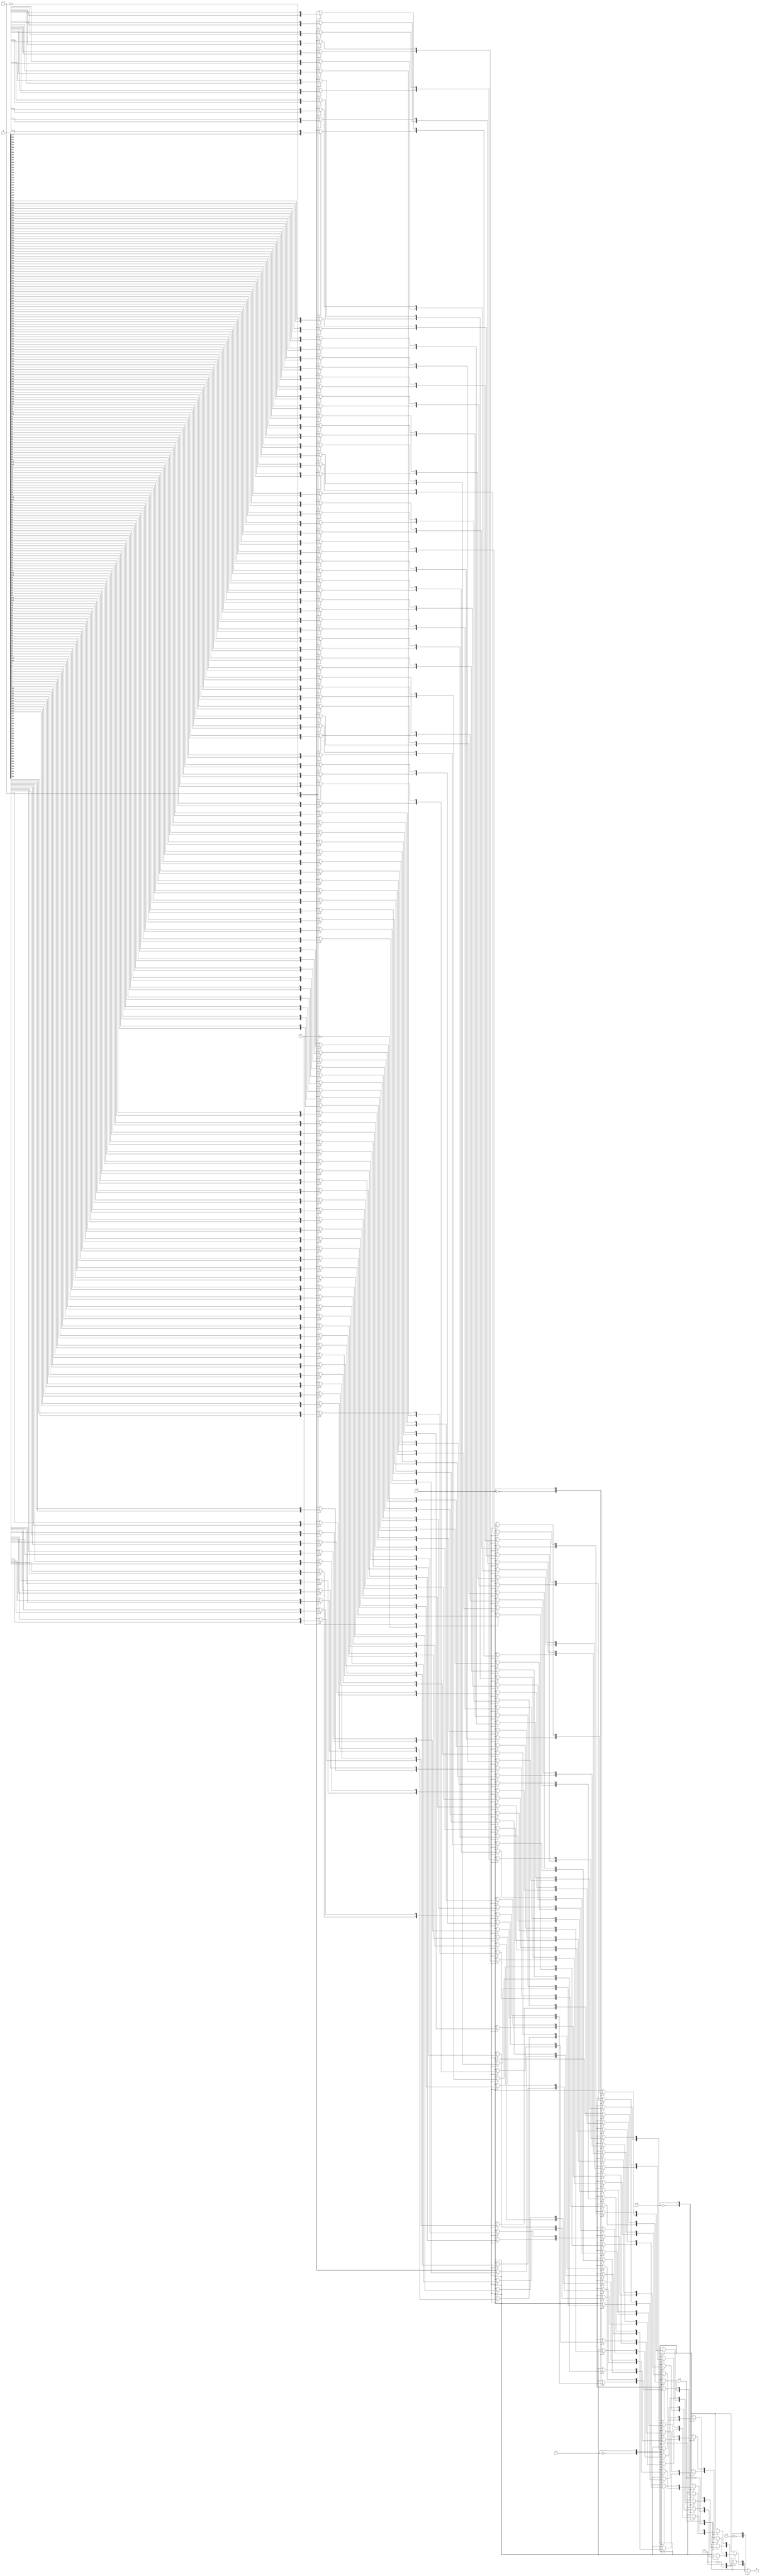
/*
 * This file was generated by the scsynth tool, and is available for use under
 * the MIT license. More information can be found at
 * https://github.com/arminalaghi/scsynth/
 */
module MReSC_Sobel3x3_g2( //the stochastic core of an ReSC
	input [0:0] x_1, //independent copies of x_1
	input [0:0] x_2, //independent copies of x_2
	input [0:0] x_3, //independent copies of x_3
	input [0:0] x_4, //independent copies of x_4
	input [0:0] x_5, //independent copies of x_5
	input [0:0] x_6, //independent copies of x_6
	input [0:0] x_7, //independent copies of x_7
	input [0:0] x_8, //independent copies of x_8
	input [255:0] w, //Bernstein coefficients
	output reg z //output bitsream
);

	wire [0:0] sum_1; //sum of x values for mux
	assign sum_1 = x_1[0];

	wire [0:0] sum_2; //sum of x values for mux
	assign sum_2 = x_2[0];

	wire [0:0] sum_3; //sum of x values for mux
	assign sum_3 = x_3[0];

	wire [0:0] sum_4; //sum of x values for mux
	assign sum_4 = x_4[0];

	wire [0:0] sum_5; //sum of x values for mux
	assign sum_5 = x_5[0];

	wire [0:0] sum_6; //sum of x values for mux
	assign sum_6 = x_6[0];

	wire [0:0] sum_7; //sum of x values for mux
	assign sum_7 = x_7[0];

	wire [0:0] sum_8; //sum of x values for mux
	assign sum_8 = x_8[0];

	always @(*) begin
		case(sum_1)
			1'd0: case(sum_2)
				1'd0: case(sum_3)
					1'd0: case(sum_4)
						1'd0: case(sum_5)
							1'd0: case(sum_6)
								1'd0: case(sum_7)
									1'd0: case(sum_8)
										1'd0: z = w[0];
										1'd1: z = w[1];
										default: z = 0;
									endcase
									1'd1: case(sum_8)
										1'd0: z = w[2];
										1'd1: z = w[3];
										default: z = 0;
									endcase
									default: z = 0;
								endcase
								1'd1: case(sum_7)
									1'd0: case(sum_8)
										1'd0: z = w[4];
										1'd1: z = w[5];
										default: z = 0;
									endcase
									1'd1: case(sum_8)
										1'd0: z = w[6];
										1'd1: z = w[7];
										default: z = 0;
									endcase
									default: z = 0;
								endcase
								default: z = 0;
							endcase
							1'd1: case(sum_6)
								1'd0: case(sum_7)
									1'd0: case(sum_8)
										1'd0: z = w[8];
										1'd1: z = w[9];
										default: z = 0;
									endcase
									1'd1: case(sum_8)
										1'd0: z = w[10];
										1'd1: z = w[11];
										default: z = 0;
									endcase
									default: z = 0;
								endcase
								1'd1: case(sum_7)
									1'd0: case(sum_8)
										1'd0: z = w[12];
										1'd1: z = w[13];
										default: z = 0;
									endcase
									1'd1: case(sum_8)
										1'd0: z = w[14];
										1'd1: z = w[15];
										default: z = 0;
									endcase
									default: z = 0;
								endcase
								default: z = 0;
							endcase
							default: z = 0;
						endcase
						1'd1: case(sum_5)
							1'd0: case(sum_6)
								1'd0: case(sum_7)
									1'd0: case(sum_8)
										1'd0: z = w[16];
										1'd1: z = w[17];
										default: z = 0;
									endcase
									1'd1: case(sum_8)
										1'd0: z = w[18];
										1'd1: z = w[19];
										default: z = 0;
									endcase
									default: z = 0;
								endcase
								1'd1: case(sum_7)
									1'd0: case(sum_8)
										1'd0: z = w[20];
										1'd1: z = w[21];
										default: z = 0;
									endcase
									1'd1: case(sum_8)
										1'd0: z = w[22];
										1'd1: z = w[23];
										default: z = 0;
									endcase
									default: z = 0;
								endcase
								default: z = 0;
							endcase
							1'd1: case(sum_6)
								1'd0: case(sum_7)
									1'd0: case(sum_8)
										1'd0: z = w[24];
										1'd1: z = w[25];
										default: z = 0;
									endcase
									1'd1: case(sum_8)
										1'd0: z = w[26];
										1'd1: z = w[27];
										default: z = 0;
									endcase
									default: z = 0;
								endcase
								1'd1: case(sum_7)
									1'd0: case(sum_8)
										1'd0: z = w[28];
										1'd1: z = w[29];
										default: z = 0;
									endcase
									1'd1: case(sum_8)
										1'd0: z = w[30];
										1'd1: z = w[31];
										default: z = 0;
									endcase
									default: z = 0;
								endcase
								default: z = 0;
							endcase
							default: z = 0;
						endcase
						default: z = 0;
					endcase
					1'd1: case(sum_4)
						1'd0: case(sum_5)
							1'd0: case(sum_6)
								1'd0: case(sum_7)
									1'd0: case(sum_8)
										1'd0: z = w[32];
										1'd1: z = w[33];
										default: z = 0;
									endcase
									1'd1: case(sum_8)
										1'd0: z = w[34];
										1'd1: z = w[35];
										default: z = 0;
									endcase
									default: z = 0;
								endcase
								1'd1: case(sum_7)
									1'd0: case(sum_8)
										1'd0: z = w[36];
										1'd1: z = w[37];
										default: z = 0;
									endcase
									1'd1: case(sum_8)
										1'd0: z = w[38];
										1'd1: z = w[39];
										default: z = 0;
									endcase
									default: z = 0;
								endcase
								default: z = 0;
							endcase
							1'd1: case(sum_6)
								1'd0: case(sum_7)
									1'd0: case(sum_8)
										1'd0: z = w[40];
										1'd1: z = w[41];
										default: z = 0;
									endcase
									1'd1: case(sum_8)
										1'd0: z = w[42];
										1'd1: z = w[43];
										default: z = 0;
									endcase
									default: z = 0;
								endcase
								1'd1: case(sum_7)
									1'd0: case(sum_8)
										1'd0: z = w[44];
										1'd1: z = w[45];
										default: z = 0;
									endcase
									1'd1: case(sum_8)
										1'd0: z = w[46];
										1'd1: z = w[47];
										default: z = 0;
									endcase
									default: z = 0;
								endcase
								default: z = 0;
							endcase
							default: z = 0;
						endcase
						1'd1: case(sum_5)
							1'd0: case(sum_6)
								1'd0: case(sum_7)
									1'd0: case(sum_8)
										1'd0: z = w[48];
										1'd1: z = w[49];
										default: z = 0;
									endcase
									1'd1: case(sum_8)
										1'd0: z = w[50];
										1'd1: z = w[51];
										default: z = 0;
									endcase
									default: z = 0;
								endcase
								1'd1: case(sum_7)
									1'd0: case(sum_8)
										1'd0: z = w[52];
										1'd1: z = w[53];
										default: z = 0;
									endcase
									1'd1: case(sum_8)
										1'd0: z = w[54];
										1'd1: z = w[55];
										default: z = 0;
									endcase
									default: z = 0;
								endcase
								default: z = 0;
							endcase
							1'd1: case(sum_6)
								1'd0: case(sum_7)
									1'd0: case(sum_8)
										1'd0: z = w[56];
										1'd1: z = w[57];
										default: z = 0;
									endcase
									1'd1: case(sum_8)
										1'd0: z = w[58];
										1'd1: z = w[59];
										default: z = 0;
									endcase
									default: z = 0;
								endcase
								1'd1: case(sum_7)
									1'd0: case(sum_8)
										1'd0: z = w[60];
										1'd1: z = w[61];
										default: z = 0;
									endcase
									1'd1: case(sum_8)
										1'd0: z = w[62];
										1'd1: z = w[63];
										default: z = 0;
									endcase
									default: z = 0;
								endcase
								default: z = 0;
							endcase
							default: z = 0;
						endcase
						default: z = 0;
					endcase
					default: z = 0;
				endcase
				1'd1: case(sum_3)
					1'd0: case(sum_4)
						1'd0: case(sum_5)
							1'd0: case(sum_6)
								1'd0: case(sum_7)
									1'd0: case(sum_8)
										1'd0: z = w[64];
										1'd1: z = w[65];
										default: z = 0;
									endcase
									1'd1: case(sum_8)
										1'd0: z = w[66];
										1'd1: z = w[67];
										default: z = 0;
									endcase
									default: z = 0;
								endcase
								1'd1: case(sum_7)
									1'd0: case(sum_8)
										1'd0: z = w[68];
										1'd1: z = w[69];
										default: z = 0;
									endcase
									1'd1: case(sum_8)
										1'd0: z = w[70];
										1'd1: z = w[71];
										default: z = 0;
									endcase
									default: z = 0;
								endcase
								default: z = 0;
							endcase
							1'd1: case(sum_6)
								1'd0: case(sum_7)
									1'd0: case(sum_8)
										1'd0: z = w[72];
										1'd1: z = w[73];
										default: z = 0;
									endcase
									1'd1: case(sum_8)
										1'd0: z = w[74];
										1'd1: z = w[75];
										default: z = 0;
									endcase
									default: z = 0;
								endcase
								1'd1: case(sum_7)
									1'd0: case(sum_8)
										1'd0: z = w[76];
										1'd1: z = w[77];
										default: z = 0;
									endcase
									1'd1: case(sum_8)
										1'd0: z = w[78];
										1'd1: z = w[79];
										default: z = 0;
									endcase
									default: z = 0;
								endcase
								default: z = 0;
							endcase
							default: z = 0;
						endcase
						1'd1: case(sum_5)
							1'd0: case(sum_6)
								1'd0: case(sum_7)
									1'd0: case(sum_8)
										1'd0: z = w[80];
										1'd1: z = w[81];
										default: z = 0;
									endcase
									1'd1: case(sum_8)
										1'd0: z = w[82];
										1'd1: z = w[83];
										default: z = 0;
									endcase
									default: z = 0;
								endcase
								1'd1: case(sum_7)
									1'd0: case(sum_8)
										1'd0: z = w[84];
										1'd1: z = w[85];
										default: z = 0;
									endcase
									1'd1: case(sum_8)
										1'd0: z = w[86];
										1'd1: z = w[87];
										default: z = 0;
									endcase
									default: z = 0;
								endcase
								default: z = 0;
							endcase
							1'd1: case(sum_6)
								1'd0: case(sum_7)
									1'd0: case(sum_8)
										1'd0: z = w[88];
										1'd1: z = w[89];
										default: z = 0;
									endcase
									1'd1: case(sum_8)
										1'd0: z = w[90];
										1'd1: z = w[91];
										default: z = 0;
									endcase
									default: z = 0;
								endcase
								1'd1: case(sum_7)
									1'd0: case(sum_8)
										1'd0: z = w[92];
										1'd1: z = w[93];
										default: z = 0;
									endcase
									1'd1: case(sum_8)
										1'd0: z = w[94];
										1'd1: z = w[95];
										default: z = 0;
									endcase
									default: z = 0;
								endcase
								default: z = 0;
							endcase
							default: z = 0;
						endcase
						default: z = 0;
					endcase
					1'd1: case(sum_4)
						1'd0: case(sum_5)
							1'd0: case(sum_6)
								1'd0: case(sum_7)
									1'd0: case(sum_8)
										1'd0: z = w[96];
										1'd1: z = w[97];
										default: z = 0;
									endcase
									1'd1: case(sum_8)
										1'd0: z = w[98];
										1'd1: z = w[99];
										default: z = 0;
									endcase
									default: z = 0;
								endcase
								1'd1: case(sum_7)
									1'd0: case(sum_8)
										1'd0: z = w[100];
										1'd1: z = w[101];
										default: z = 0;
									endcase
									1'd1: case(sum_8)
										1'd0: z = w[102];
										1'd1: z = w[103];
										default: z = 0;
									endcase
									default: z = 0;
								endcase
								default: z = 0;
							endcase
							1'd1: case(sum_6)
								1'd0: case(sum_7)
									1'd0: case(sum_8)
										1'd0: z = w[104];
										1'd1: z = w[105];
										default: z = 0;
									endcase
									1'd1: case(sum_8)
										1'd0: z = w[106];
										1'd1: z = w[107];
										default: z = 0;
									endcase
									default: z = 0;
								endcase
								1'd1: case(sum_7)
									1'd0: case(sum_8)
										1'd0: z = w[108];
										1'd1: z = w[109];
										default: z = 0;
									endcase
									1'd1: case(sum_8)
										1'd0: z = w[110];
										1'd1: z = w[111];
										default: z = 0;
									endcase
									default: z = 0;
								endcase
								default: z = 0;
							endcase
							default: z = 0;
						endcase
						1'd1: case(sum_5)
							1'd0: case(sum_6)
								1'd0: case(sum_7)
									1'd0: case(sum_8)
										1'd0: z = w[112];
										1'd1: z = w[113];
										default: z = 0;
									endcase
									1'd1: case(sum_8)
										1'd0: z = w[114];
										1'd1: z = w[115];
										default: z = 0;
									endcase
									default: z = 0;
								endcase
								1'd1: case(sum_7)
									1'd0: case(sum_8)
										1'd0: z = w[116];
										1'd1: z = w[117];
										default: z = 0;
									endcase
									1'd1: case(sum_8)
										1'd0: z = w[118];
										1'd1: z = w[119];
										default: z = 0;
									endcase
									default: z = 0;
								endcase
								default: z = 0;
							endcase
							1'd1: case(sum_6)
								1'd0: case(sum_7)
									1'd0: case(sum_8)
										1'd0: z = w[120];
										1'd1: z = w[121];
										default: z = 0;
									endcase
									1'd1: case(sum_8)
										1'd0: z = w[122];
										1'd1: z = w[123];
										default: z = 0;
									endcase
									default: z = 0;
								endcase
								1'd1: case(sum_7)
									1'd0: case(sum_8)
										1'd0: z = w[124];
										1'd1: z = w[125];
										default: z = 0;
									endcase
									1'd1: case(sum_8)
										1'd0: z = w[126];
										1'd1: z = w[127];
										default: z = 0;
									endcase
									default: z = 0;
								endcase
								default: z = 0;
							endcase
							default: z = 0;
						endcase
						default: z = 0;
					endcase
					default: z = 0;
				endcase
				default: z = 0;
			endcase
			1'd1: case(sum_2)
				1'd0: case(sum_3)
					1'd0: case(sum_4)
						1'd0: case(sum_5)
							1'd0: case(sum_6)
								1'd0: case(sum_7)
									1'd0: case(sum_8)
										1'd0: z = w[128];
										1'd1: z = w[129];
										default: z = 0;
									endcase
									1'd1: case(sum_8)
										1'd0: z = w[130];
										1'd1: z = w[131];
										default: z = 0;
									endcase
									default: z = 0;
								endcase
								1'd1: case(sum_7)
									1'd0: case(sum_8)
										1'd0: z = w[132];
										1'd1: z = w[133];
										default: z = 0;
									endcase
									1'd1: case(sum_8)
										1'd0: z = w[134];
										1'd1: z = w[135];
										default: z = 0;
									endcase
									default: z = 0;
								endcase
								default: z = 0;
							endcase
							1'd1: case(sum_6)
								1'd0: case(sum_7)
									1'd0: case(sum_8)
										1'd0: z = w[136];
										1'd1: z = w[137];
										default: z = 0;
									endcase
									1'd1: case(sum_8)
										1'd0: z = w[138];
										1'd1: z = w[139];
										default: z = 0;
									endcase
									default: z = 0;
								endcase
								1'd1: case(sum_7)
									1'd0: case(sum_8)
										1'd0: z = w[140];
										1'd1: z = w[141];
										default: z = 0;
									endcase
									1'd1: case(sum_8)
										1'd0: z = w[142];
										1'd1: z = w[143];
										default: z = 0;
									endcase
									default: z = 0;
								endcase
								default: z = 0;
							endcase
							default: z = 0;
						endcase
						1'd1: case(sum_5)
							1'd0: case(sum_6)
								1'd0: case(sum_7)
									1'd0: case(sum_8)
										1'd0: z = w[144];
										1'd1: z = w[145];
										default: z = 0;
									endcase
									1'd1: case(sum_8)
										1'd0: z = w[146];
										1'd1: z = w[147];
										default: z = 0;
									endcase
									default: z = 0;
								endcase
								1'd1: case(sum_7)
									1'd0: case(sum_8)
										1'd0: z = w[148];
										1'd1: z = w[149];
										default: z = 0;
									endcase
									1'd1: case(sum_8)
										1'd0: z = w[150];
										1'd1: z = w[151];
										default: z = 0;
									endcase
									default: z = 0;
								endcase
								default: z = 0;
							endcase
							1'd1: case(sum_6)
								1'd0: case(sum_7)
									1'd0: case(sum_8)
										1'd0: z = w[152];
										1'd1: z = w[153];
										default: z = 0;
									endcase
									1'd1: case(sum_8)
										1'd0: z = w[154];
										1'd1: z = w[155];
										default: z = 0;
									endcase
									default: z = 0;
								endcase
								1'd1: case(sum_7)
									1'd0: case(sum_8)
										1'd0: z = w[156];
										1'd1: z = w[157];
										default: z = 0;
									endcase
									1'd1: case(sum_8)
										1'd0: z = w[158];
										1'd1: z = w[159];
										default: z = 0;
									endcase
									default: z = 0;
								endcase
								default: z = 0;
							endcase
							default: z = 0;
						endcase
						default: z = 0;
					endcase
					1'd1: case(sum_4)
						1'd0: case(sum_5)
							1'd0: case(sum_6)
								1'd0: case(sum_7)
									1'd0: case(sum_8)
										1'd0: z = w[160];
										1'd1: z = w[161];
										default: z = 0;
									endcase
									1'd1: case(sum_8)
										1'd0: z = w[162];
										1'd1: z = w[163];
										default: z = 0;
									endcase
									default: z = 0;
								endcase
								1'd1: case(sum_7)
									1'd0: case(sum_8)
										1'd0: z = w[164];
										1'd1: z = w[165];
										default: z = 0;
									endcase
									1'd1: case(sum_8)
										1'd0: z = w[166];
										1'd1: z = w[167];
										default: z = 0;
									endcase
									default: z = 0;
								endcase
								default: z = 0;
							endcase
							1'd1: case(sum_6)
								1'd0: case(sum_7)
									1'd0: case(sum_8)
										1'd0: z = w[168];
										1'd1: z = w[169];
										default: z = 0;
									endcase
									1'd1: case(sum_8)
										1'd0: z = w[170];
										1'd1: z = w[171];
										default: z = 0;
									endcase
									default: z = 0;
								endcase
								1'd1: case(sum_7)
									1'd0: case(sum_8)
										1'd0: z = w[172];
										1'd1: z = w[173];
										default: z = 0;
									endcase
									1'd1: case(sum_8)
										1'd0: z = w[174];
										1'd1: z = w[175];
										default: z = 0;
									endcase
									default: z = 0;
								endcase
								default: z = 0;
							endcase
							default: z = 0;
						endcase
						1'd1: case(sum_5)
							1'd0: case(sum_6)
								1'd0: case(sum_7)
									1'd0: case(sum_8)
										1'd0: z = w[176];
										1'd1: z = w[177];
										default: z = 0;
									endcase
									1'd1: case(sum_8)
										1'd0: z = w[178];
										1'd1: z = w[179];
										default: z = 0;
									endcase
									default: z = 0;
								endcase
								1'd1: case(sum_7)
									1'd0: case(sum_8)
										1'd0: z = w[180];
										1'd1: z = w[181];
										default: z = 0;
									endcase
									1'd1: case(sum_8)
										1'd0: z = w[182];
										1'd1: z = w[183];
										default: z = 0;
									endcase
									default: z = 0;
								endcase
								default: z = 0;
							endcase
							1'd1: case(sum_6)
								1'd0: case(sum_7)
									1'd0: case(sum_8)
										1'd0: z = w[184];
										1'd1: z = w[185];
										default: z = 0;
									endcase
									1'd1: case(sum_8)
										1'd0: z = w[186];
										1'd1: z = w[187];
										default: z = 0;
									endcase
									default: z = 0;
								endcase
								1'd1: case(sum_7)
									1'd0: case(sum_8)
										1'd0: z = w[188];
										1'd1: z = w[189];
										default: z = 0;
									endcase
									1'd1: case(sum_8)
										1'd0: z = w[190];
										1'd1: z = w[191];
										default: z = 0;
									endcase
									default: z = 0;
								endcase
								default: z = 0;
							endcase
							default: z = 0;
						endcase
						default: z = 0;
					endcase
					default: z = 0;
				endcase
				1'd1: case(sum_3)
					1'd0: case(sum_4)
						1'd0: case(sum_5)
							1'd0: case(sum_6)
								1'd0: case(sum_7)
									1'd0: case(sum_8)
										1'd0: z = w[192];
										1'd1: z = w[193];
										default: z = 0;
									endcase
									1'd1: case(sum_8)
										1'd0: z = w[194];
										1'd1: z = w[195];
										default: z = 0;
									endcase
									default: z = 0;
								endcase
								1'd1: case(sum_7)
									1'd0: case(sum_8)
										1'd0: z = w[196];
										1'd1: z = w[197];
										default: z = 0;
									endcase
									1'd1: case(sum_8)
										1'd0: z = w[198];
										1'd1: z = w[199];
										default: z = 0;
									endcase
									default: z = 0;
								endcase
								default: z = 0;
							endcase
							1'd1: case(sum_6)
								1'd0: case(sum_7)
									1'd0: case(sum_8)
										1'd0: z = w[200];
										1'd1: z = w[201];
										default: z = 0;
									endcase
									1'd1: case(sum_8)
										1'd0: z = w[202];
										1'd1: z = w[203];
										default: z = 0;
									endcase
									default: z = 0;
								endcase
								1'd1: case(sum_7)
									1'd0: case(sum_8)
										1'd0: z = w[204];
										1'd1: z = w[205];
										default: z = 0;
									endcase
									1'd1: case(sum_8)
										1'd0: z = w[206];
										1'd1: z = w[207];
										default: z = 0;
									endcase
									default: z = 0;
								endcase
								default: z = 0;
							endcase
							default: z = 0;
						endcase
						1'd1: case(sum_5)
							1'd0: case(sum_6)
								1'd0: case(sum_7)
									1'd0: case(sum_8)
										1'd0: z = w[208];
										1'd1: z = w[209];
										default: z = 0;
									endcase
									1'd1: case(sum_8)
										1'd0: z = w[210];
										1'd1: z = w[211];
										default: z = 0;
									endcase
									default: z = 0;
								endcase
								1'd1: case(sum_7)
									1'd0: case(sum_8)
										1'd0: z = w[212];
										1'd1: z = w[213];
										default: z = 0;
									endcase
									1'd1: case(sum_8)
										1'd0: z = w[214];
										1'd1: z = w[215];
										default: z = 0;
									endcase
									default: z = 0;
								endcase
								default: z = 0;
							endcase
							1'd1: case(sum_6)
								1'd0: case(sum_7)
									1'd0: case(sum_8)
										1'd0: z = w[216];
										1'd1: z = w[217];
										default: z = 0;
									endcase
									1'd1: case(sum_8)
										1'd0: z = w[218];
										1'd1: z = w[219];
										default: z = 0;
									endcase
									default: z = 0;
								endcase
								1'd1: case(sum_7)
									1'd0: case(sum_8)
										1'd0: z = w[220];
										1'd1: z = w[221];
										default: z = 0;
									endcase
									1'd1: case(sum_8)
										1'd0: z = w[222];
										1'd1: z = w[223];
										default: z = 0;
									endcase
									default: z = 0;
								endcase
								default: z = 0;
							endcase
							default: z = 0;
						endcase
						default: z = 0;
					endcase
					1'd1: case(sum_4)
						1'd0: case(sum_5)
							1'd0: case(sum_6)
								1'd0: case(sum_7)
									1'd0: case(sum_8)
										1'd0: z = w[224];
										1'd1: z = w[225];
										default: z = 0;
									endcase
									1'd1: case(sum_8)
										1'd0: z = w[226];
										1'd1: z = w[227];
										default: z = 0;
									endcase
									default: z = 0;
								endcase
								1'd1: case(sum_7)
									1'd0: case(sum_8)
										1'd0: z = w[228];
										1'd1: z = w[229];
										default: z = 0;
									endcase
									1'd1: case(sum_8)
										1'd0: z = w[230];
										1'd1: z = w[231];
										default: z = 0;
									endcase
									default: z = 0;
								endcase
								default: z = 0;
							endcase
							1'd1: case(sum_6)
								1'd0: case(sum_7)
									1'd0: case(sum_8)
										1'd0: z = w[232];
										1'd1: z = w[233];
										default: z = 0;
									endcase
									1'd1: case(sum_8)
										1'd0: z = w[234];
										1'd1: z = w[235];
										default: z = 0;
									endcase
									default: z = 0;
								endcase
								1'd1: case(sum_7)
									1'd0: case(sum_8)
										1'd0: z = w[236];
										1'd1: z = w[237];
										default: z = 0;
									endcase
									1'd1: case(sum_8)
										1'd0: z = w[238];
										1'd1: z = w[239];
										default: z = 0;
									endcase
									default: z = 0;
								endcase
								default: z = 0;
							endcase
							default: z = 0;
						endcase
						1'd1: case(sum_5)
							1'd0: case(sum_6)
								1'd0: case(sum_7)
									1'd0: case(sum_8)
										1'd0: z = w[240];
										1'd1: z = w[241];
										default: z = 0;
									endcase
									1'd1: case(sum_8)
										1'd0: z = w[242];
										1'd1: z = w[243];
										default: z = 0;
									endcase
									default: z = 0;
								endcase
								1'd1: case(sum_7)
									1'd0: case(sum_8)
										1'd0: z = w[244];
										1'd1: z = w[245];
										default: z = 0;
									endcase
									1'd1: case(sum_8)
										1'd0: z = w[246];
										1'd1: z = w[247];
										default: z = 0;
									endcase
									default: z = 0;
								endcase
								default: z = 0;
							endcase
							1'd1: case(sum_6)
								1'd0: case(sum_7)
									1'd0: case(sum_8)
										1'd0: z = w[248];
										1'd1: z = w[249];
										default: z = 0;
									endcase
									1'd1: case(sum_8)
										1'd0: z = w[250];
										1'd1: z = w[251];
										default: z = 0;
									endcase
									default: z = 0;
								endcase
								1'd1: case(sum_7)
									1'd0: case(sum_8)
										1'd0: z = w[252];
										1'd1: z = w[253];
										default: z = 0;
									endcase
									1'd1: case(sum_8)
										1'd0: z = w[254];
										1'd1: z = w[255];
										default: z = 0;
									endcase
									default: z = 0;
								endcase
								default: z = 0;
							endcase
							default: z = 0;
						endcase
						default: z = 0;
					endcase
					default: z = 0;
				endcase
				default: z = 0;
			endcase
			default: z = 0;
		endcase
	end
endmodule